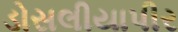
ડોસલીયાપીર